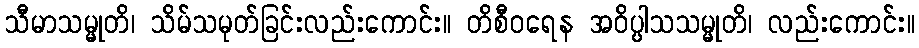
သီမာသမ္မုတိ၊ သိမ်သမုတ်ခြင်းလည်းကောင်း။ တိစီဝရေန အဝိပ္ပါသသမ္မုတိ၊ လည်းကောင်း။